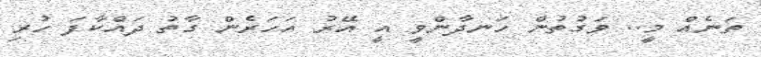
ތަނެއް މީ.. ވަގުތުން ހަނދާންވީ އީ އޭރު އަހަރެން ގާތު ދައްކާފަ ހުރި